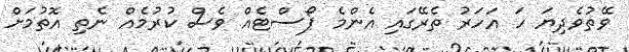
ވޭތުވެދިޔަ ހަ އަހަރު ތެރޭގައި އެންމެ ޕޯސްޓެއް ވެސް ކުރުމެއް ނެތި އޮތުމަށް